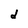
Character: d